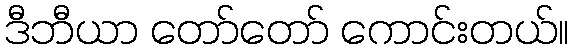
ဒီဘီယာ တော်တော် ကောင်းတယ်။